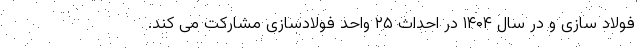
فولاد سازی و در سال ۱۴۰۴ در احداث ۲۵ واحد فولادسازی مشارکت می کند.